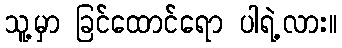
သူ့မှာ ခြင်ထောင်ရော ပါရဲ့လား။